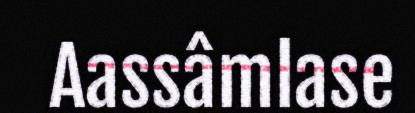
Aassâmlase